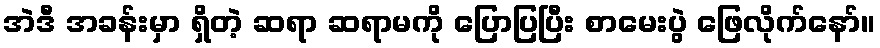
အဲဒီ အခန်းမှာ ရှိတဲ့ ဆရာ ဆရာမကို ပြောပြပြီး စာမေးပွဲ ဖြေလိုက်နော်။